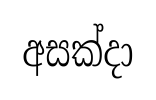
අසක්දා